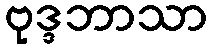
ဗုဒ္ဒဘာသာ